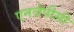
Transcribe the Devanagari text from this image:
एनजेपीसी